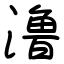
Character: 澛